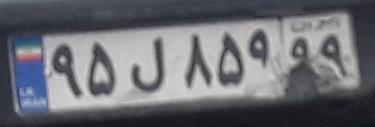
۹۵ل۸۵۹۹۹